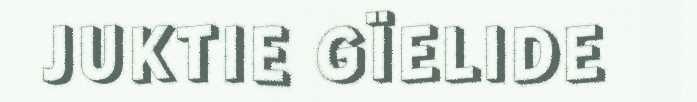
JUKTIE GÏELIDE